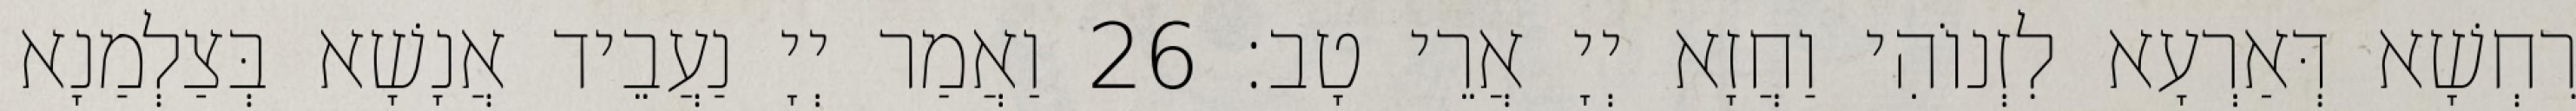
רִחְשָׁא דְּאַרְעָא לִזְנוֹהִי וַחֲזָא יְיָ אֲרֵי טָב׃ 26 וַאֲמַר יְיָ נַעֲבֵיד אֲנָשָׁא בְּצַלְמַנָא